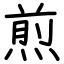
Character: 煎